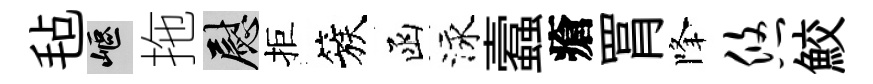
毡嶇拖慰拒簇函泳蠧瘡罥降悠鮫